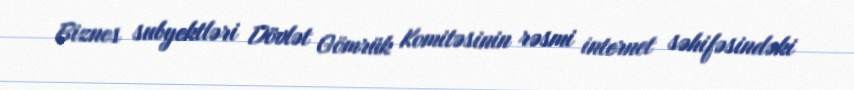
Biznes subyektləri Dövlət Gömrük Komitəsinin rəsmi internet səhifəsindəki